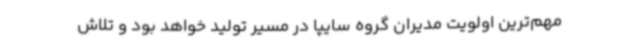
مهم‌ترین اولویت مدیران گروه سایپا در مسیر تولید خواهد بود و تلاش